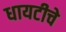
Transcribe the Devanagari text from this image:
धायटीचे